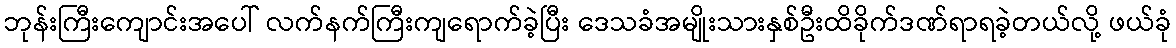
ဘုန်းကြီးကျောင်းအပေါ် လက်နက်ကြီးကျရောက်ခဲ့ပြီး ဒေသခံအမျိုးသားနှစ်ဦးထိခိုက်ဒဏ်ရာရခဲ့တယ်လို့ ဖယ်ခုံ